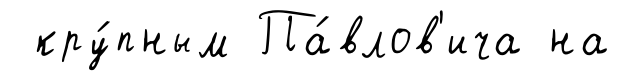
кру́пным Па́влов'ича на